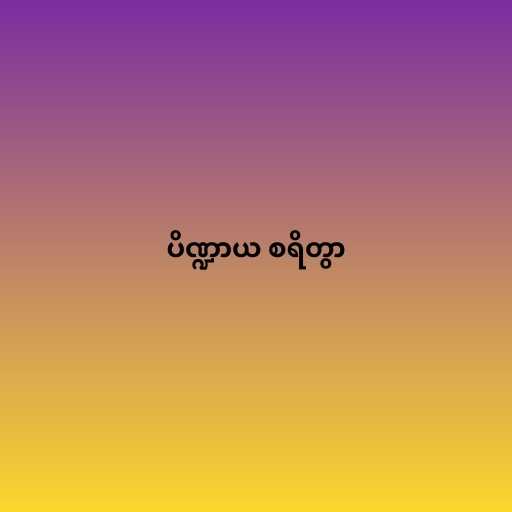
ပိဏ္ဍာယ စရိတွာ